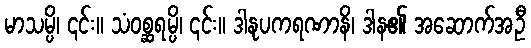
မာသမ္ပိ၊ ၎င်း။ သံဝစ္ဆရမ္ပိ၊ ၎င်း။ ဒါနုပကရဏာနိ၊ ဒါန၏ အဆောက်အဦ